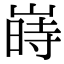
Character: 嵵